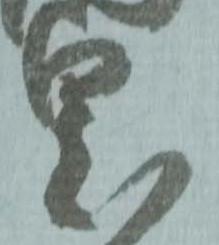
里